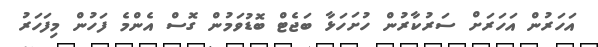
އަހަރުން އަހަރަށް ސަރުކާރުން ހުށަހަޅާ ބަޖެޓް ބޮޑުވަމުން ގޮސް އެންމެ ފަހުން މިފަހަރު